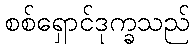
စစ်ရှောင်ဒုက္ခသည်